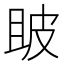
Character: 𤿚